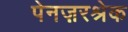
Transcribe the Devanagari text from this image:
पेनज़रश्रेक